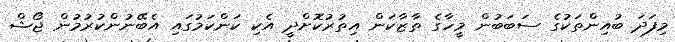
މިފަދަ ބުއިންތަކުގެ ސަބަބުން މީހާގެ ތާޒާކަން އިތުރުކޮށްދީ އެކި ކަންކަމުގައި އެބޭނުންކުރުމުން ޖޯޝް